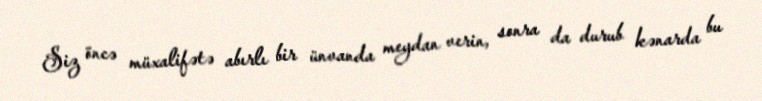
Siz öncə müxalifətə abırlı bir ünvanda meydan verin, sonra da durub kənarda bu